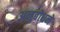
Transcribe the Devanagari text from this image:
अनुबोधने